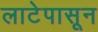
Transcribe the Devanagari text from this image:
लाटेपासून